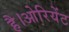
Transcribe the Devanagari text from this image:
है।ओरियेंट